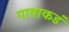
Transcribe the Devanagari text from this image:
गावाकडं